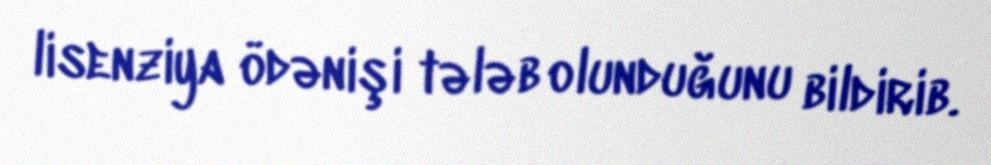
lisenziya ödənişi tələb olunduğunu bildirib.